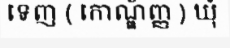
ទេញ ( កោណ្ឌ័ញ្ញ ) ឃុំ